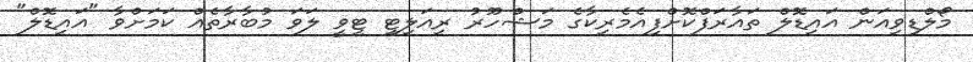
މޯލްޑިވިއަން އައިޑޮލް ތައާރަފްކޮށްފިއެމެރިކާގެ މަޝްހޫރު ރިއަލިޓީ ޓީވީ ލަވަ މުބާރާތެއް ކަމަށްވާ "އައިޑޮލް"